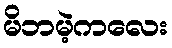
မိဘမဲ့ကလေး